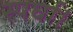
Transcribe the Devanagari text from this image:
स्पर्घा।